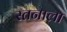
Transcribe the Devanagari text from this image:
स्तनाला